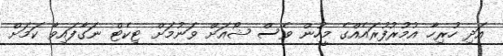
އަދި ހުރިހާ އުމުރުފުރައެއްގެ މީހުން ވެސް ޝޯއަށް ވަނުމަށް ޓިކެޓް ނަގާފައިވާ ކަމަށް